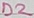
Text: D2